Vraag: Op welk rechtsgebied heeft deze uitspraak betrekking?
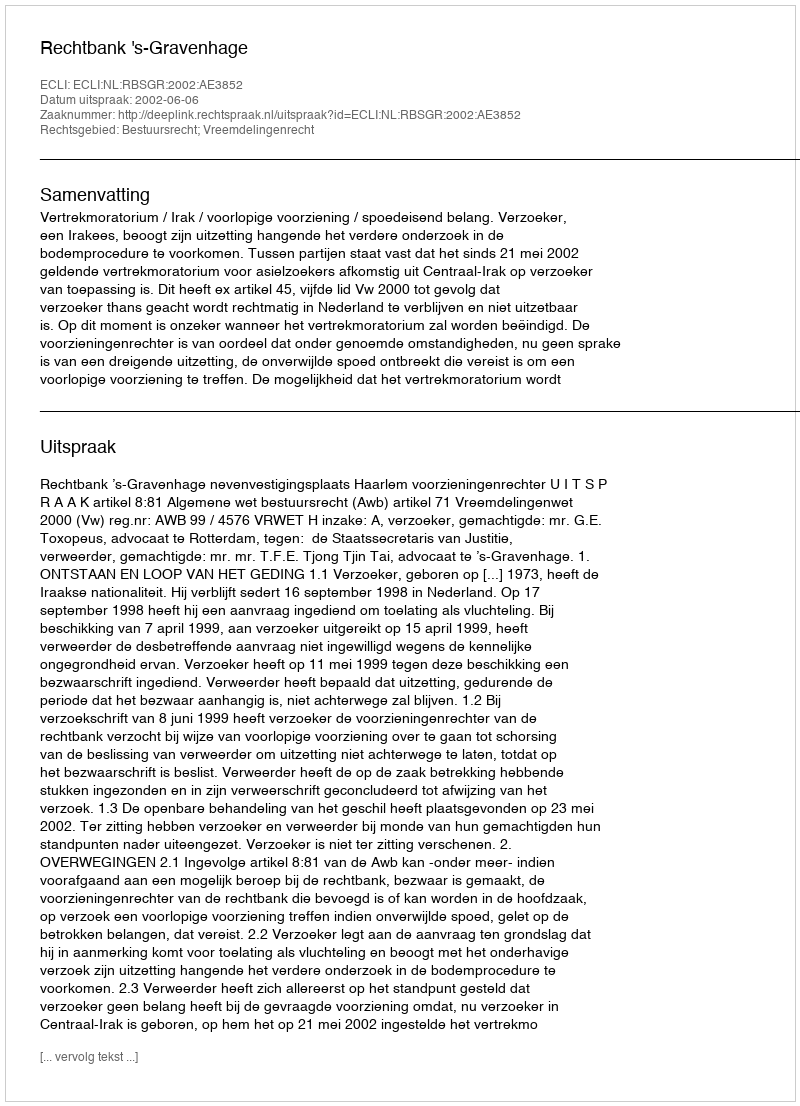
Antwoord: Bestuursrecht; Vreemdelingenrecht